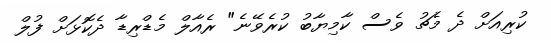
ކުރިއަށް ދެ މެޗު ވެސް ކާމިޔާބު ކުރެވޭނެ" ރެއާލް މެޑްރިޑާ ދެކޮޅަށް ފުލް